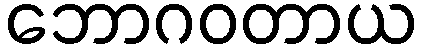
ဘောဂဝတာယ